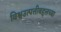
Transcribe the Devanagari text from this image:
विश्वउत्पत्तीबद्दलच्या